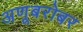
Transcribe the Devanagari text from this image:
अणूबरोबर